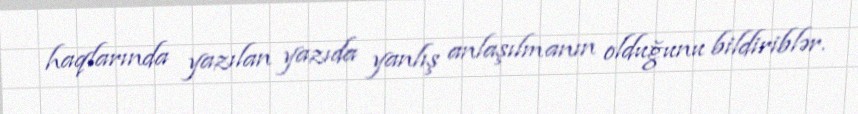
haqlarında yazılan yazıda yanlış anlaşılmanın olduğunu bildiriblər.